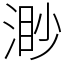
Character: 渺